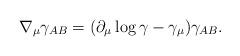
LaTeX: \begin{align*}\nabla _{\mu }\gamma _{AB}=(\partial _{\mu }\log \gamma -\gamma _{\mu})\gamma _{AB}. \end{align*}